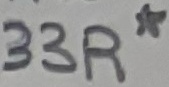
Text: 33R*